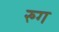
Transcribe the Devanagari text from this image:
रुग